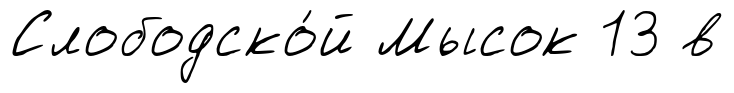
Слободско́й Мысок 13 в